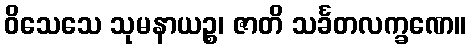
ဝိသေသေ သုမနာယဉ္စ၊ ဇာတိ သင်္ခတလက္ခဏေ။